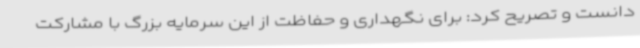
دانست و تصریح کرد: برای نگهداری و حفاظت از این سرمایه بزرگ با مشارکت